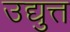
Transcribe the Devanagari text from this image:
उद्युत्त